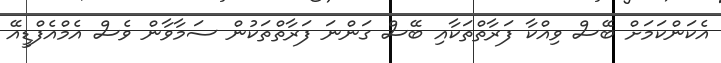
އެކަންކަމަށް ބޭސް ވިއްކާ ފަރާތްތަކާއި ބޭސް ގަންނަ ފަރާތްތަކުން ސަމާވާން ވެސް އެމްއެފްޑީއޭ